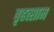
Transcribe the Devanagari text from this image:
बृहत्साम